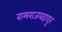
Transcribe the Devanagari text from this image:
रामराजबहादुर